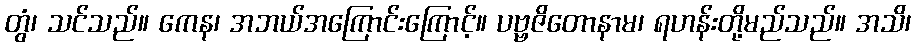
တွံ၊ သင်သည်။ ကေန၊ အဘယ်အကြောင်းကြောင့်။ ပဗ္ဗဇိတောနာမ၊ ရဟန်းတို့မည်သည်။ အသိ၊